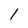
Character: 1